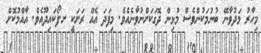
މިހާރު މަދުވާނޭ ބުނުމަކުންވެސް މުޅިން ދޮގަކަށްނުވާނެއެވެ. މިފަދަ އެއް ރަށަކީ ށ.ފޯކައިދޫއެވެ. އާއްމުކޮށް